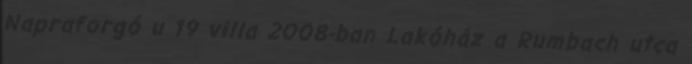
Napraforgó u 19 villa 2008-ban Lakóház a Rumbach utca